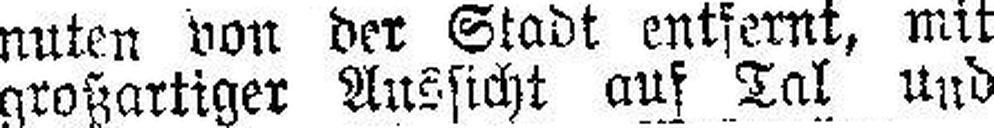
großartiger Aussicht auf Tal und